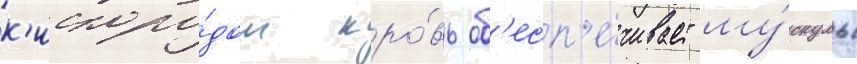
к'ислоро́дом кро́вь об'есп'е́чивает му́скулы